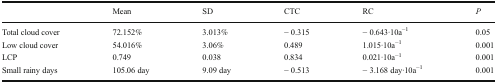
|  | Mean | SD | CTC | RC | P |
 | --- | --- | --- | --- | --- | --- |
 | Total cloud cover | 72.152% | 3.013% | − 0.315 | − 0.643·10a−1 | 0.05 |
 | Low cloud cover | 54.016% | 3.06% | 0.489 | 1.015·10a−1 | 0.001 |
 | LCP | 0.749 | 0.038 | 0.834 | 0.021·10a−1 | 0.001 |
 | Small rainy days | 105.06 day | 9.09 day | − 0.513 | − 3.168 day·10a−1 | 0.001 |